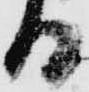
る